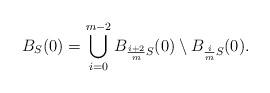
LaTeX: \begin{align*} B_S(0) = \bigcup_{i=0}^{m-2} B_{\frac{i+2}{m}S}(0) \setminus B_{\frac{i}{m}S}(0). \end{align*}